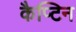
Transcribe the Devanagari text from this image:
कैप्टिन